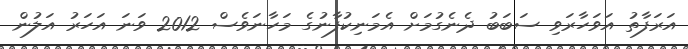
އަރަފާތު އަވަހާރަވި ސަބަބު ދެނެގުމަށް އެމަނިކުފާނުގެ މަހާނަވެސް 2012 ވަނަ އަހަރު އަލުން